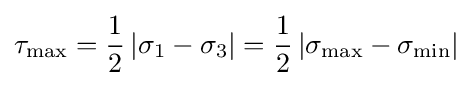
\tau _{\max }={\frac {1}{2}}\left|\sigma _{1}-\sigma _{3}\right|={\frac {1}{2}}\left|\sigma _{\max }-\sigma _{\min }\right|